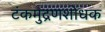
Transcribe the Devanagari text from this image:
टंकमुद्रणशोधक